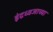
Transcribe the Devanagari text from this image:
इंद्रध्वजाच्या